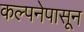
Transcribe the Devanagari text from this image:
कल्पनेपासून